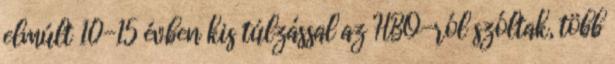
elmúlt 10-15 évben kis túlzással az HBO-ról szóltak, több